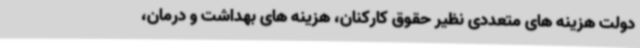
دولت هزینه های متعددی نظیر حقوق کارکنان، هزینه های بهداشت و درمان،